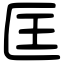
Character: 匡